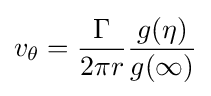
v_{\theta }={\frac {\Gamma }{2\pi r}}{\frac {g(\eta )}{g(\infty )}}